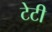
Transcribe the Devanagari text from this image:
टेटी